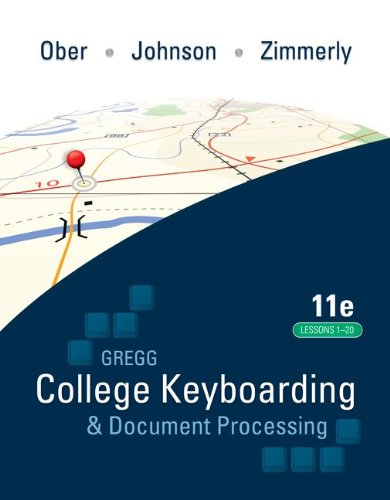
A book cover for Ober:  Kit 4: (Lessons 1-20); Scot Ober; Law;